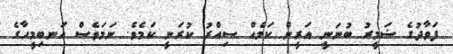
ފަވާދުގެ ޟަމީރު ބުނަނީ އަރީން ކަމެއް ސިއްރު ކުރަނީ ކަމެވެ. ނަމަވެސް އަނބިމީހާގެ